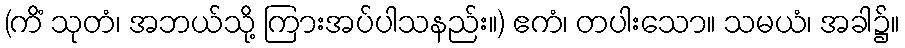
(ကိံ သုတံ၊ အဘယ်သို့ ကြားအပ်ပါသနည်း။) ဧကံ၊ တပါးသော။ သမယံ၊ အခါ၌။